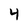
Character: 4